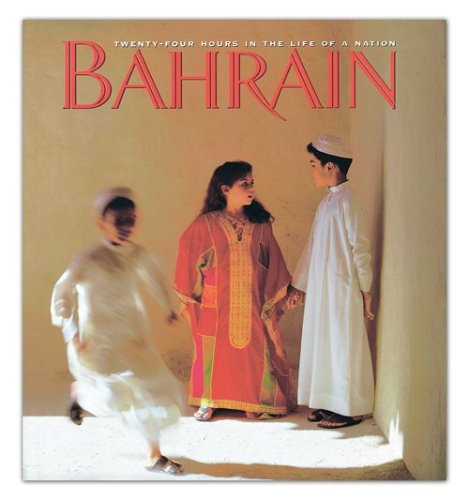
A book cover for Bahrain: Twenty-Four Hours in the Life of a Nation; Miracle; Travel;